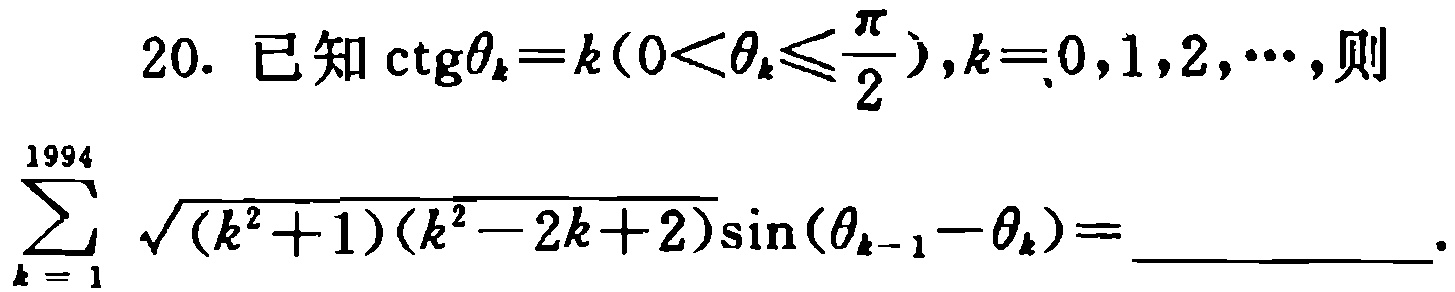
已知\(\cot\theta_{k}=k(0<\theta_{k}\leq\frac{\pi}{2}),k = 0,1,2,\cdots\)，则\(\sum_{k = 1}^{1994}\sqrt{(k^{2}+1)(k^{2}-2k + 2)}\sin(\theta_{k - 1}-\theta_{k})=\)  。